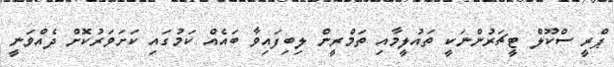
ޕްރީ ސްކޫލް ޓީޗަރުންނަކީ ތައުލީމާއި ތަމްރީން ލިބިފައިވާ ބައެއް ކަމުގައި ކަށަވަރުކޮށް ދެއްވަނީ